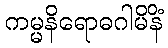
ကမ္မနိရောဓဂါမိနိံ